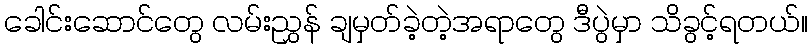
ခေါင်းဆောင်တွေ လမ်းညွှန် ချမှတ်ခဲ့တဲ့အရာတွေ ဒီပွဲမှာ သိခွင့်ရတယ်။